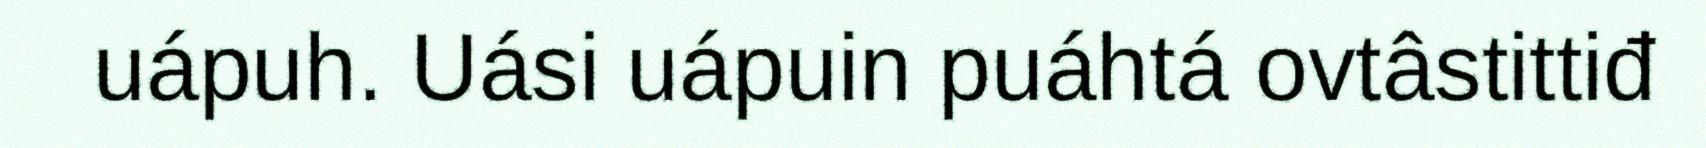
uápuh. Uási uápuin puáhtá ovtâstittiđ